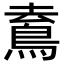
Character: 𩿟